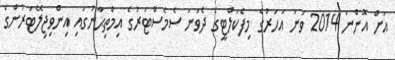
އަށް އޮންނަ 2014 ވަނަ އަހަރުގެ މިފެކަލްޓީގެ ދެވަނަ ސެމެސްޓަރުގެ އިމްތިޙާނުގައި އިންވިޖިލޭޓަރުންގެ